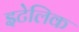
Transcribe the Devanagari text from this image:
इटेलिक